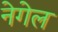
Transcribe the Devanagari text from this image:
नेगेल